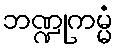
ဘဏ္ဍုကမ္မံ